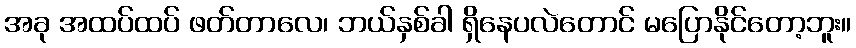
အခု အထပ်ထပ် ဖတ်တာလေ၊ ဘယ်နှစ်ခါ ရှိနေပလဲတောင် မပြောနိုင်တော့ဘူး။